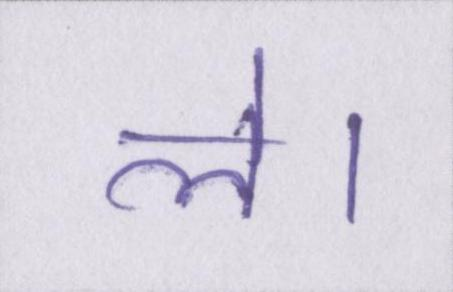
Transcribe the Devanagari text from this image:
ले।